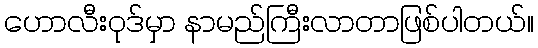
ဟောလီးဝုဒ်မှာ နာမည်ကြီးလာတာဖြစ်ပါတယ်။